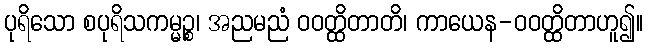
ပုရိသော စပုရိသကမ္မဉ္စ၊ အညမညံ ဝဝတ္ထိတာတိ၊ ကာယေန-ဝဝတ္ထိတာဟူ၍။